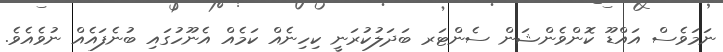
ނަމަވެސް އައްޑޫ ކޮންވެންޝަން ސެންޓަރ ބަދަލުކުރަނީ ކިހިނެއް ކަމެއް އެނޫހުގައި ބުނެފައެއް ނުވެއެވެ.